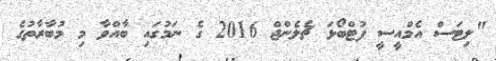
"ލިޓަސް އެމްއީސީ ފުޓްބޯޅަ ޗެލެންޖް 2016 ގެ ނަމުގައި ބާއްވާ މި މުބާރާތުގެ